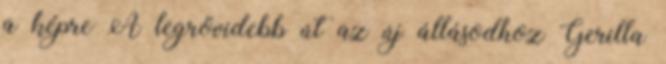
a képre A legrövidebb út az új állásodhoz Gerilla